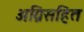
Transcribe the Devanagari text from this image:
अग्निसहित